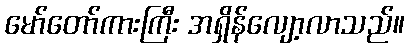
မော်တော်ကားကြီး အရှိန်လျော့လာသည်။